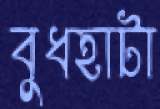
বুধহাটা